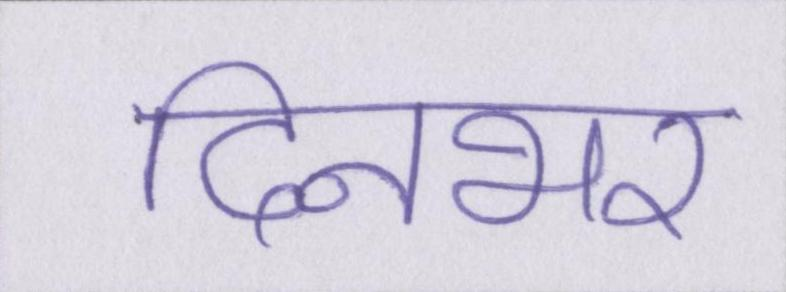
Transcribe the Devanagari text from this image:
दिनभर